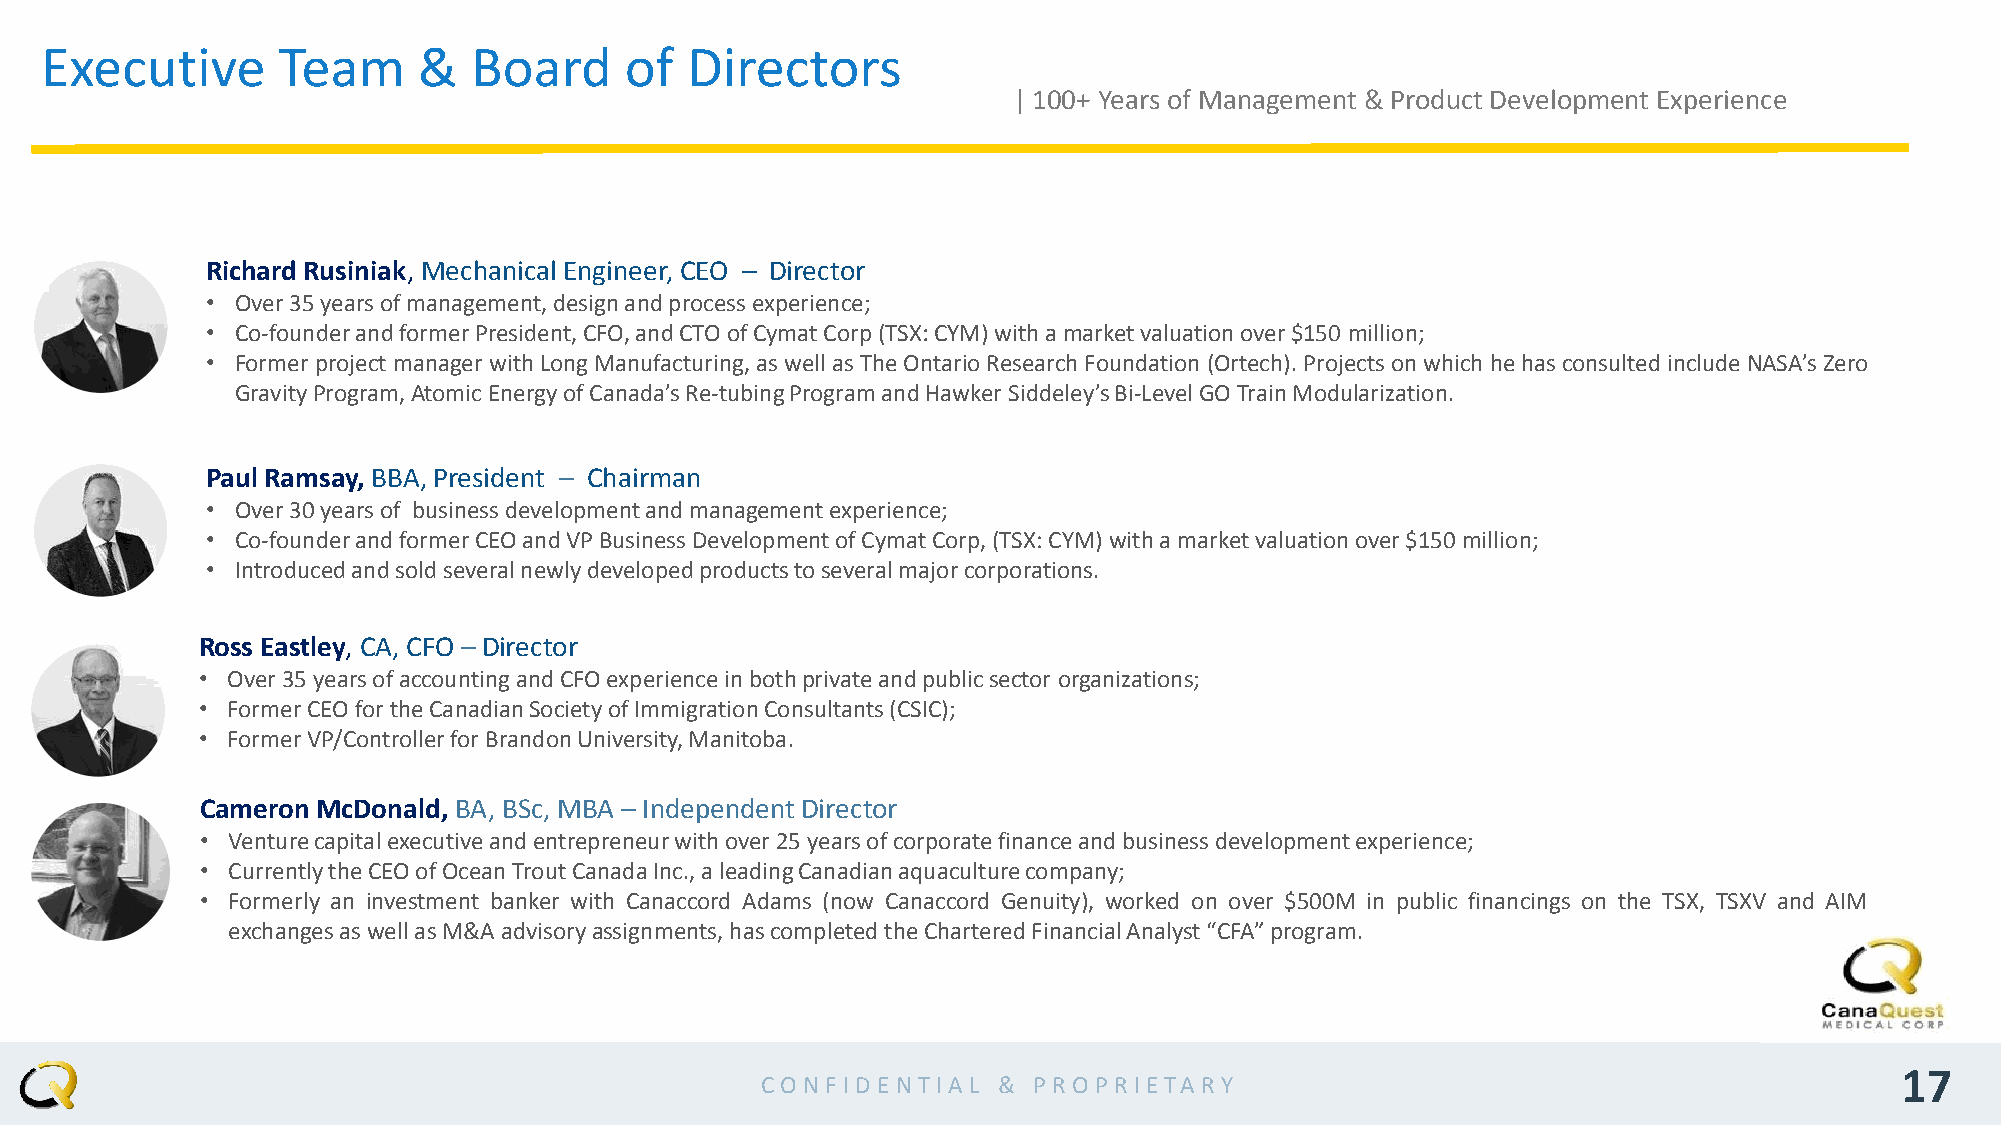
Executive      Team      &  Board     of  Directors
 | 100+ Years of Management & Product Development Experience
 Richard Rusiniak, Mechanical Engineer, CEO – Director
 • Over35yearsofmanagement,designandprocessexperience;
 • Co-founderandformerPresident,CFO,andCTO ofCymatCorp(TSX:CYM)withamarketvaluationover$150 million;
 • Formerproject manager withLongManufacturing,aswellasTheOntarioResearchFoundation (Ortech).Projectsonwhichhe hasconsulted includeNASA’sZero
 GravityProgram,AtomicEnergyofCanada’sRe-tubingProgramandHawkerSiddeley’sBi-LevelGOTrainModularization.
 Paul Ramsay, BBA, President – Chairman
 • Over30yearsof businessdevelopmentandmanagementexperience;
 • Co-founderandformerCEOandVPBusinessDevelopmentofCymatCorp,(TSX:CYM)withamarketvaluationover$150 million;
 • Introducedandsoldseveralnewlydevelopedproductstoseveralmajorcorporations.
 Ross Eastley, CA, CFO – Director
 • Over35yearsofaccountingandCFOexperienceinbothprivateandpublicsector organizations;
 • FormerCEOfortheCanadianSocietyofImmigrationConsultants(CSIC);
 • FormerVP/ControllerforBrandonUniversity,Manitoba.
 CameronMcDonald, BA, BSc,MBA – IndependentDirector
 • Venturecapitalexecutiveandentrepreneurwithover25yearsofcorporatefinanceandbusinessdevelopmentexperience;
 • CurrentlytheCEOofOceanTroutCanadaInc.,aleadingCanadianaquaculturecompany;
 • Formerly an investment banker with Canaccord Adams (now Canaccord Genuity), worked on over $500M in public financings on the TSX, TSXV and AIM
 exchangesaswellasM&Aadvisoryassignments,hascompletedtheCharteredFinancialAnalyst“CFA”program.
 17
 CO N F ID EN TIA L & PRO PR IETA RY